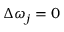
\Delta \omega _ { j } = 0